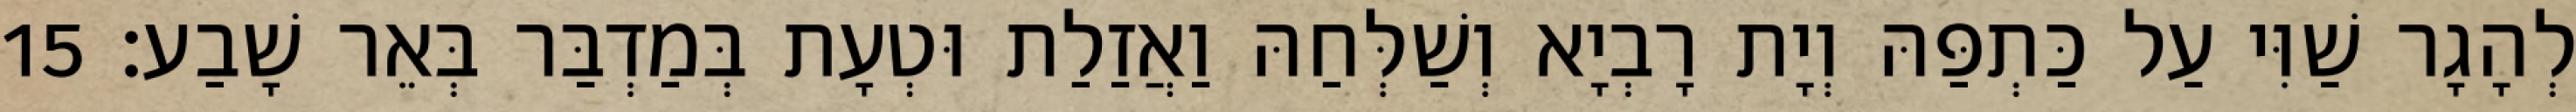
לְהָגָר שַׁוִּי עַל כַּתְפַּהּ וְיָת רָבְיָא וְשַׁלְּחַהּ וַאֲזַלַת וּטְעָת בְּמַדְבַּר בְּאֵר שָׁבַע׃ 15